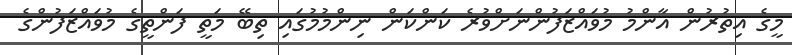
މީގެ އިތުރުން އާންމު މުވައްޒަފުންނަށްވުރެ ކަންކަން ނިންމުމުގައި ތިބޭ މަތީ ފަންތީގެ މުވައްޒަފުންގެ